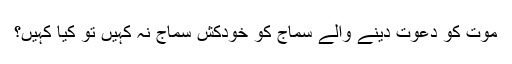
موت کو دعوت دینے والے سماج کو خودکش سماج نہ کہیں تو کیا کہیں؟